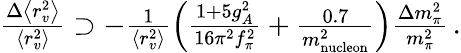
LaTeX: \begin{array}{r}{\frac{\Delta\left<r_{v}^{2}\right>}{\left<r_{v}^{2}\right>}\supset-\frac{1}{\left<r_{v}^{2}\right>}\left(\frac{1+5g_{A}^{2}}{16\pi^{2}f_{\pi}^{2}}+\frac{0.7}{m_{\mathrm{nucleon}}^{2}}\right)\frac{\Delta m_{\pi}^{2}}{m_{\pi}^{2}}\, .}\end{array}